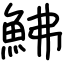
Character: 鮄